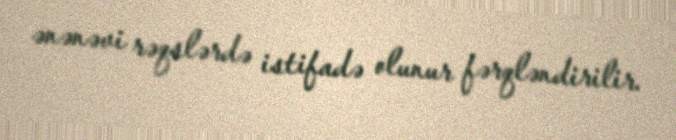
ənənəvi rəqslərdə istifadə olunur fərqləndirilir.